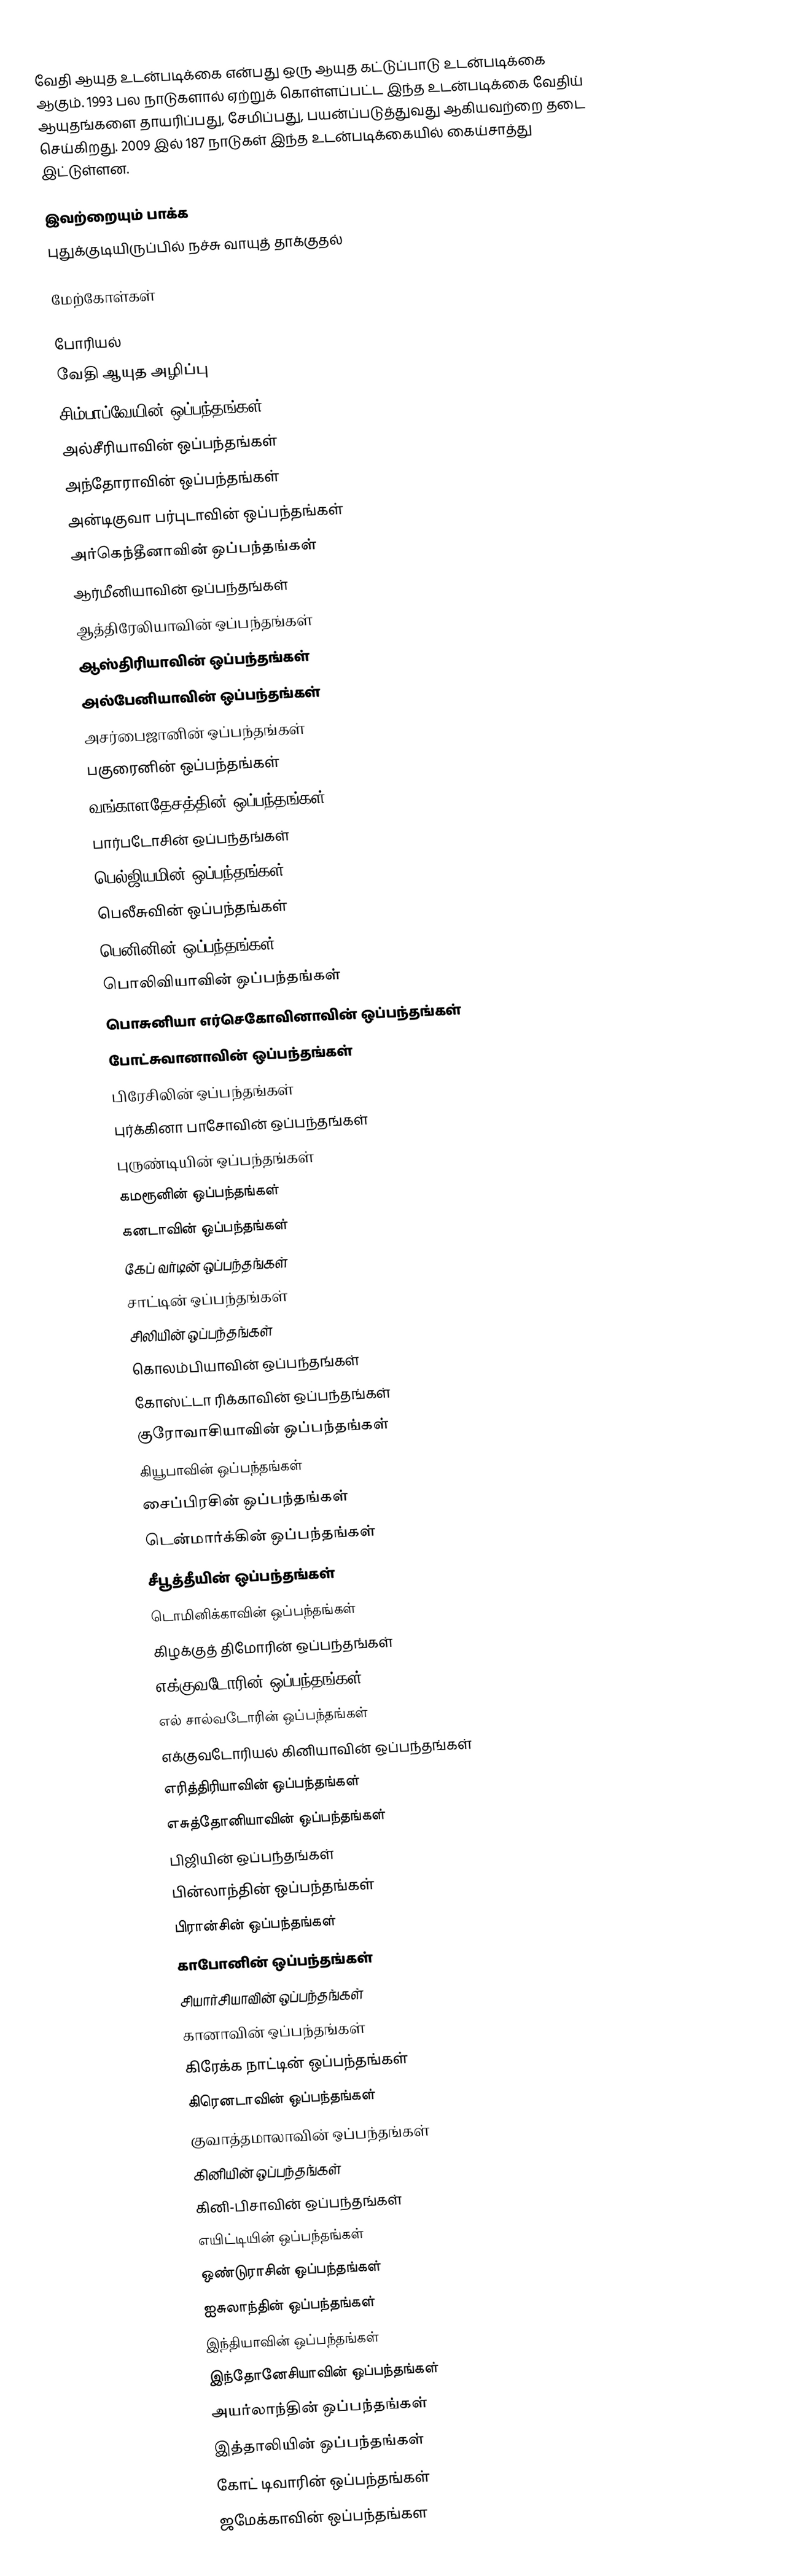
வேதி ஆயுத உடன்படிக்கை என்பது ஒரு ஆயுத கட்டுப்பாடு உடன்படிக்கை ஆகும். 1993 பல நாடுகளால் ஏற்றுக் கொள்ளப்பட்ட இந்த உடன்படிக்கை வேதிய் ஆயுதங்களை தாயரிப்பது, சேமிப்பது, பயன்ப்படுத்துவது ஆகியவற்றை தடை செய்கிறது. 2009 இல் 187 நாடுகள் இந்த உடன்படிக்கையில் கைய்சாத்து இட்டுள்ளன.

இவற்றையும் பாக்க
 புதுக்குடியிருப்பில் நச்சு வாயுத் தாக்குதல்

மேற்கோள்கள்

போரியல்
வேதி ஆயுத அழிப்பு
சிம்பாப்வேயின் ஒப்பந்தங்கள்
அல்சீரியாவின் ஒப்பந்தங்கள்
அந்தோராவின் ஒப்பந்தங்கள்
அன்டிகுவா பர்புடாவின் ஒப்பந்தங்கள்
அர்கெந்தீனாவின் ஒப்பந்தங்கள்
ஆர்மீனியாவின் ஒப்பந்தங்கள்
ஆத்திரேலியாவின் ஒப்பந்தங்கள்
ஆஸ்திரியாவின் ஒப்பந்தங்கள்
அல்பேனியாவின் ஒப்பந்தங்கள்
அசர்பைஜானின் ஒப்பந்தங்கள்
பகுரைனின் ஒப்பந்தங்கள்
வங்காளதேசத்தின் ஒப்பந்தங்கள்
பார்படோசின் ஒப்பந்தங்கள்
பெல்ஜியமின் ஒப்பந்தங்கள்
பெலீசுவின் ஒப்பந்தங்கள்
பெனினின் ஒப்பந்தங்கள்
பொலிவியாவின் ஒப்பந்தங்கள்
பொசுனியா எர்செகோவினாவின் ஒப்பந்தங்கள்
போட்சுவானாவின் ஒப்பந்தங்கள்
பிரேசிலின் ஒப்பந்தங்கள்
புர்க்கினா பாசோவின் ஒப்பந்தங்கள்
புருண்டியின் ஒப்பந்தங்கள்
கமரூனின் ஒப்பந்தங்கள்
கனடாவின் ஒப்பந்தங்கள்
கேப் வர்டின் ஒப்பந்தங்கள்
சாட்டின் ஒப்பந்தங்கள்
சிலியின் ஒப்பந்தங்கள்
கொலம்பியாவின் ஒப்பந்தங்கள்
கோஸ்ட்டா ரிக்காவின் ஒப்பந்தங்கள்
குரோவாசியாவின் ஒப்பந்தங்கள்
கியூபாவின் ஒப்பந்தங்கள்
சைப்பிரசின் ஒப்பந்தங்கள்
டென்மார்க்கின் ஒப்பந்தங்கள்
சீபூத்தீயின் ஒப்பந்தங்கள்
டொமினிக்காவின் ஒப்பந்தங்கள்
கிழக்குத் திமோரின் ஒப்பந்தங்கள்
எக்குவடோரின் ஒப்பந்தங்கள்
எல் சால்வடோரின் ஒப்பந்தங்கள்
எக்குவடோரியல் கினியாவின் ஒப்பந்தங்கள்
எரித்திரியாவின் ஒப்பந்தங்கள்
எசுத்தோனியாவின் ஒப்பந்தங்கள்
பிஜியின் ஒப்பந்தங்கள்
பின்லாந்தின் ஒப்பந்தங்கள்
பிரான்சின் ஒப்பந்தங்கள்
காபோனின் ஒப்பந்தங்கள்
சியார்சியாவின் ஒப்பந்தங்கள்
கானாவின் ஒப்பந்தங்கள்
கிரேக்க நாட்டின் ஒப்பந்தங்கள்
கிரெனடாவின் ஒப்பந்தங்கள்
குவாத்தமாலாவின் ஒப்பந்தங்கள்
கினியின் ஒப்பந்தங்கள்
கினி-பிசாவின் ஒப்பந்தங்கள்
எயிட்டியின் ஒப்பந்தங்கள்
ஒண்டுராசின் ஒப்பந்தங்கள்
ஐசுலாந்தின் ஒப்பந்தங்கள்
இந்தியாவின் ஒப்பந்தங்கள்
இந்தோனேசியாவின் ஒப்பந்தங்கள்
அயர்லாந்தின் ஒப்பந்தங்கள்
இத்தாலியின் ஒப்பந்தங்கள்
கோட் டிவாரின் ஒப்பந்தங்கள்
ஜமேக்காவின் ஒப்பந்தங்கள